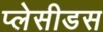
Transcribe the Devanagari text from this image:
प्लेसीडस